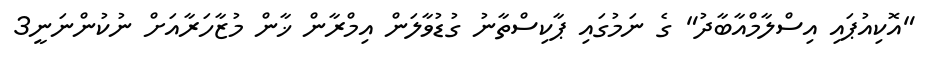
"އޮކިއުޕައި އިސްލާމްއާބާދު" ގެ ނަމުގައި ޕާކިސްތާނު ގުޑުވާލަން އިމްރާން ޚާން މުޒާހަރާއަށް ނުކުންނަނީ3